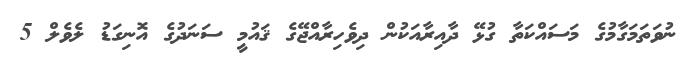
ނުވަތަމަގާމުގެ މަސައްކަތާ ގުޅޭ ދާއިރާއަކުން ދިވެހިރާއްޖޭގެ ޤައުމީ ސަނަދުގެ އޮނިގަޑު ލެވެލް 5